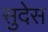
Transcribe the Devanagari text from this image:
सुदेस